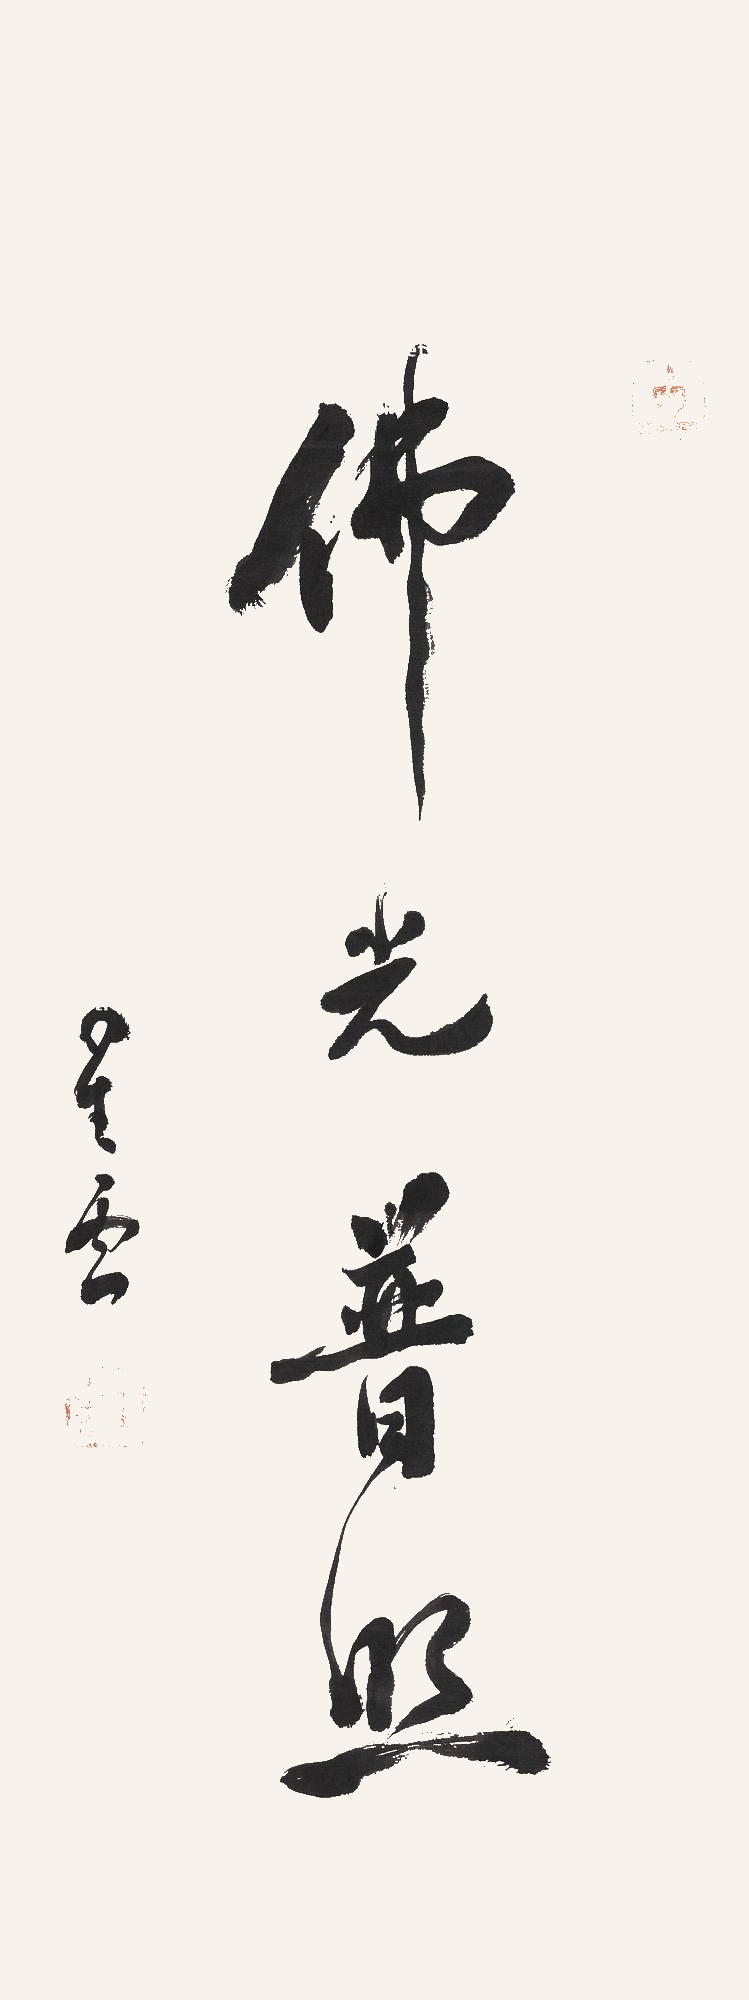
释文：佛光普照星云。